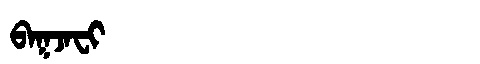
Manchu: ᠪᠠᡴᠵᠠᠸᡳ
Romanization: BAKJAFI